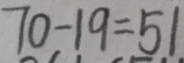
7 0 - 1 9 = 5 1